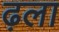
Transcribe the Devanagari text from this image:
ढ़ला